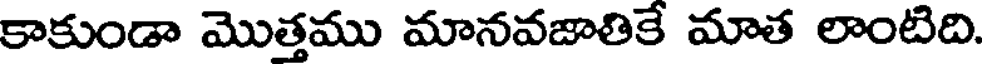
కాకుండా మొత్తము మానవజాతికే మాత లాంటిది.